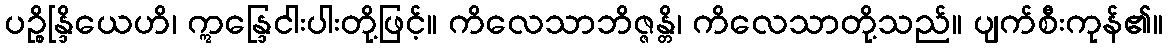
ပဉ္စိန္ဒြိယေဟိ၊ ဣန္ဒြေငါးပါးတို့ဖြင့်။ ကိလေသာဘိဇ္ဇန္တိ၊ ကိလေသာတို့သည်။ ပျက်စီးကုန်၏။